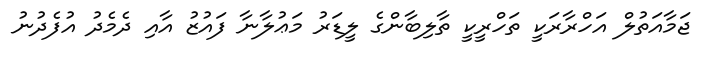
ޖަމާއަތުލް އަހްރާރަކީ ތަހްރީކީ ތާލިބާންގެ ލީޑަރު މަޢުލާނާ ފައުޒު އާއި ދެމެދު އުފެދުނު